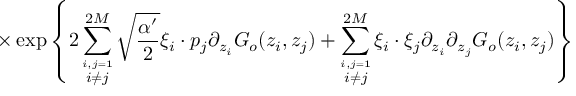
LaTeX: \times \exp \left\{ \displaystyle 2 \sum _ { \stackrel { i , j = 1 } { i \neq j } } ^ { 2 M } \sqrt { \displaystyle \frac { \alpha ^ { \prime } } { 2 } } \xi _ { i } \cdot p _ { j } \partial _ { z _ { i } } G _ { o } ( z _ { i } , z _ { j } ) + \displaystyle \sum _ { \stackrel { i , j = 1 } { i \neq j } } ^ { 2 M } \xi _ { i } \cdot \xi _ { j } \partial _ { z _ { i } } \partial _ { z _ { j } } G _ { o } ( z _ { i } , z _ { j } ) \right\}